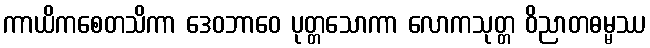
ကာယိကစေတသိကာ ဒေဝဘာဝေ ပုတ္တသောကာ လောကသုတ္တ ဝိညာတဓမ္မဿ